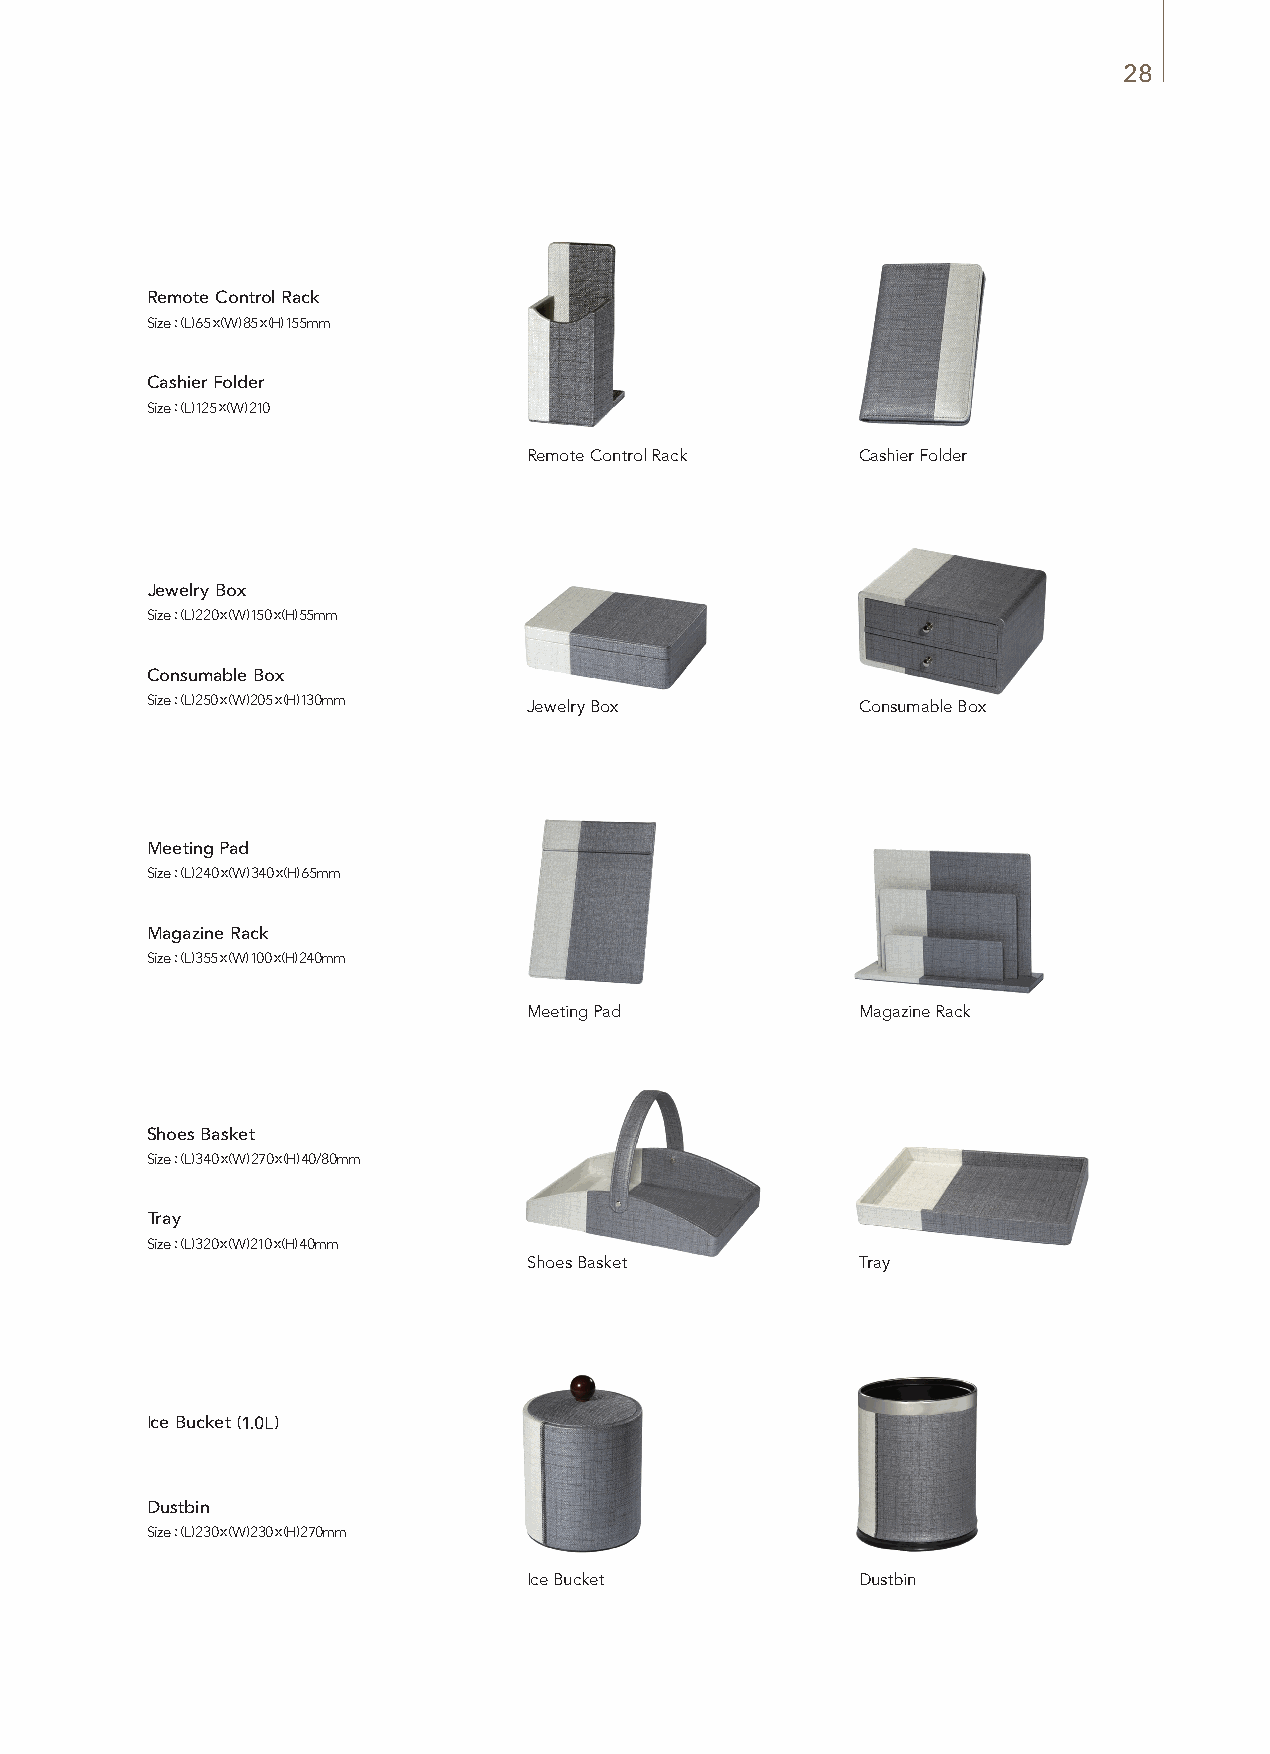
28
 Remote Control Rack
 Size : (L) 65 x (W) 85 x (H) 155mm
 Cashier Folder
 Size : (L) 125 x (W) 210
 Material : Titanium gold, Red Carpet
 Remote Control Rack   Cashier Folder
 Jewelry Box
 Size : (L) 220 x (W) 150 x (H) 55mm
 Consumable Box
 Size : (L) 250 x (W) 205 x (H) 130mm Jewelry Box Consumable Box
 Material : Titanium gold, Red Carpet
 Meeting Pad
 Size : (L) 240 x (W) 340 x (H) 65mm
 Magazine Rack
 Size : (L) 355 x (W) 100 x (H) 240mm
 Material : Titanium gold, Red Carpet
 Meeting Pad           Magazine Rack
 Shoes Basket
 Size : (L) 340 x (W) 270 x (H) 40/80mm
 Tray
 Size : (L) 320 x (W) 210 x (H) 40mm
 Material : Titanium gold, Red Carpet Shoes Basket Tray
 Ice Bucket (1.0L)
 Material : Titanium gold, Red Carpet
 Dustbin
 Size : (L) 230 x (W) 230 x (H) 270mm
 Material : Titanium gold, Red Carpet
 Ice Bucket            Dustbin